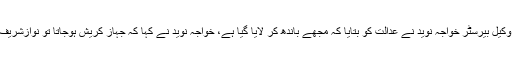
انہوں نے کہا کہ میرے وکیل بیرسٹر خواجہ نوید نے عدالت کو بتایا کہ مجھے باندھ کر لایا گیا ہے، خواجہ نوید نے کہا کہ جہاز کریش ہوجاتا تو نوازشریف کیسے چھلانگ لگاتے؟